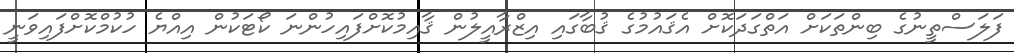
ފަލަސްތީނުގެ ބިންތަކަށް އަތްގަދަކޮށް އެޤައުމުގެ ޤުބާގައި އިޒްރާއީލުން ޤާއިމުކޮށްފައިހުންނަ ކޯޓަކުން އިއްޔެ ހުކުމްކޮށްފައިވަނީ